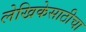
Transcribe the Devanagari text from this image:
लेखिकेसाठीचा